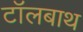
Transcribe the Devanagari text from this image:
टॉलबाथ